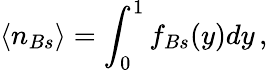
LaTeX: \langle n_{Bs}\rangle=\int_{0}^{1}f_{Bs}(y)dy\, ,